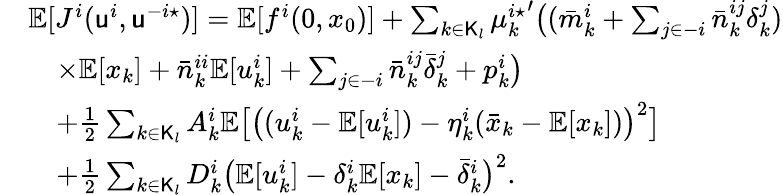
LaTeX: \begin{array}{rl}&{\mathbb{E}[J^{i}(\mathsf{u}^{i},\mathsf{u}^{-i\star})]=\mathbb{E}[f^{i}(0,x_{0})]+\sum_{k\in\mathsf{K}_{l}}{\mu_{k}^{i\star}}^{\prime}\big((\bar{m}_{k}^{i}+\sum_{j\in-i}\bar{n}_{k}^{ij}\delta_{k}^{j})}\\ &{\quad\times\mathbb{E}[x_{k}]+\bar{n}_{k}^{ii}\mathbb{E}[u_{k}^{i}]+\sum_{j\in-i}\bar{n}_{k}^{ij}\bar{\delta}_{k}^{j}+p_{k}^{i}\big)}\\ &{\quad+\frac{1}{2}\sum_{k\in\mathsf{K}_{l}}A_{k}^{i}\mathbb{E}\big[\big((u_{k}^{i}-\mathbb{E}[u_{k}^{i}])-\eta_{k}^{i}(\bar{x}_{k}-\mathbb{E}[x_{k}])\big)^{2}\big]}\\ &{\quad+\frac{1}{2}\sum_{k\in\mathsf{K}_{l}}D_{k}^{i}\big(\mathbb{E}[u_{k}^{i}]-\delta_{k}^{i}\mathbb{E}[x_{k}]-\bar{\delta}_{k}^{i}\big)^{2}.}\end{array}